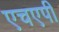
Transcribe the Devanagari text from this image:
एचएपी